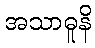
အသာဓူနိ